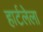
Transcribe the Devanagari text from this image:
हार्टलेला